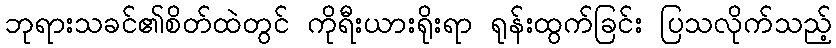
ဘုရားသခင်၏စိတ်ထဲတွင် ကိုရီးယားရိုးရာ ရုန်းထွက်ခြင်း ပြသလိုက်သည့်